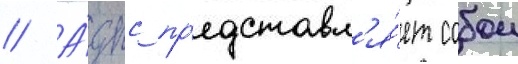
// А́дпс пр'едставл'я́ет собои